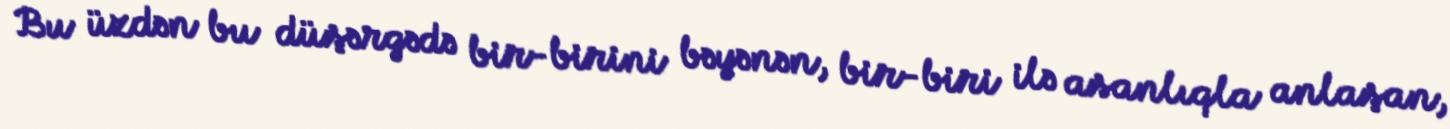
Bu üzdən bu düşərgədə bir-birini bəyənən, bir-biri ilə asanlıqla anlaşan,